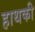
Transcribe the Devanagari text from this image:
हाथकी